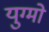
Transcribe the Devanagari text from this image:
युग्मो